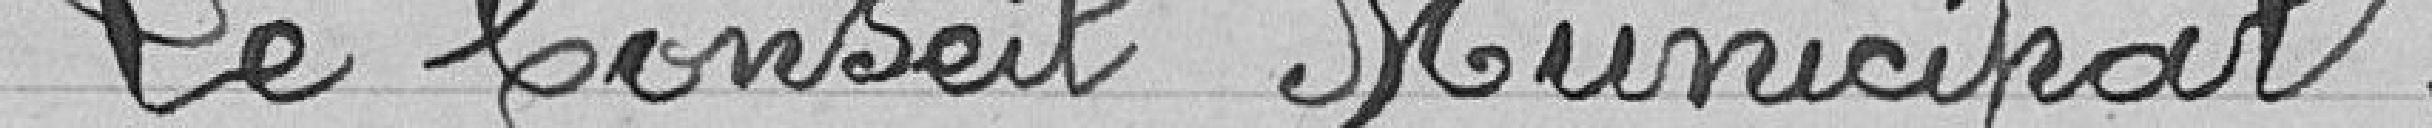
Le Conseil Municipal,